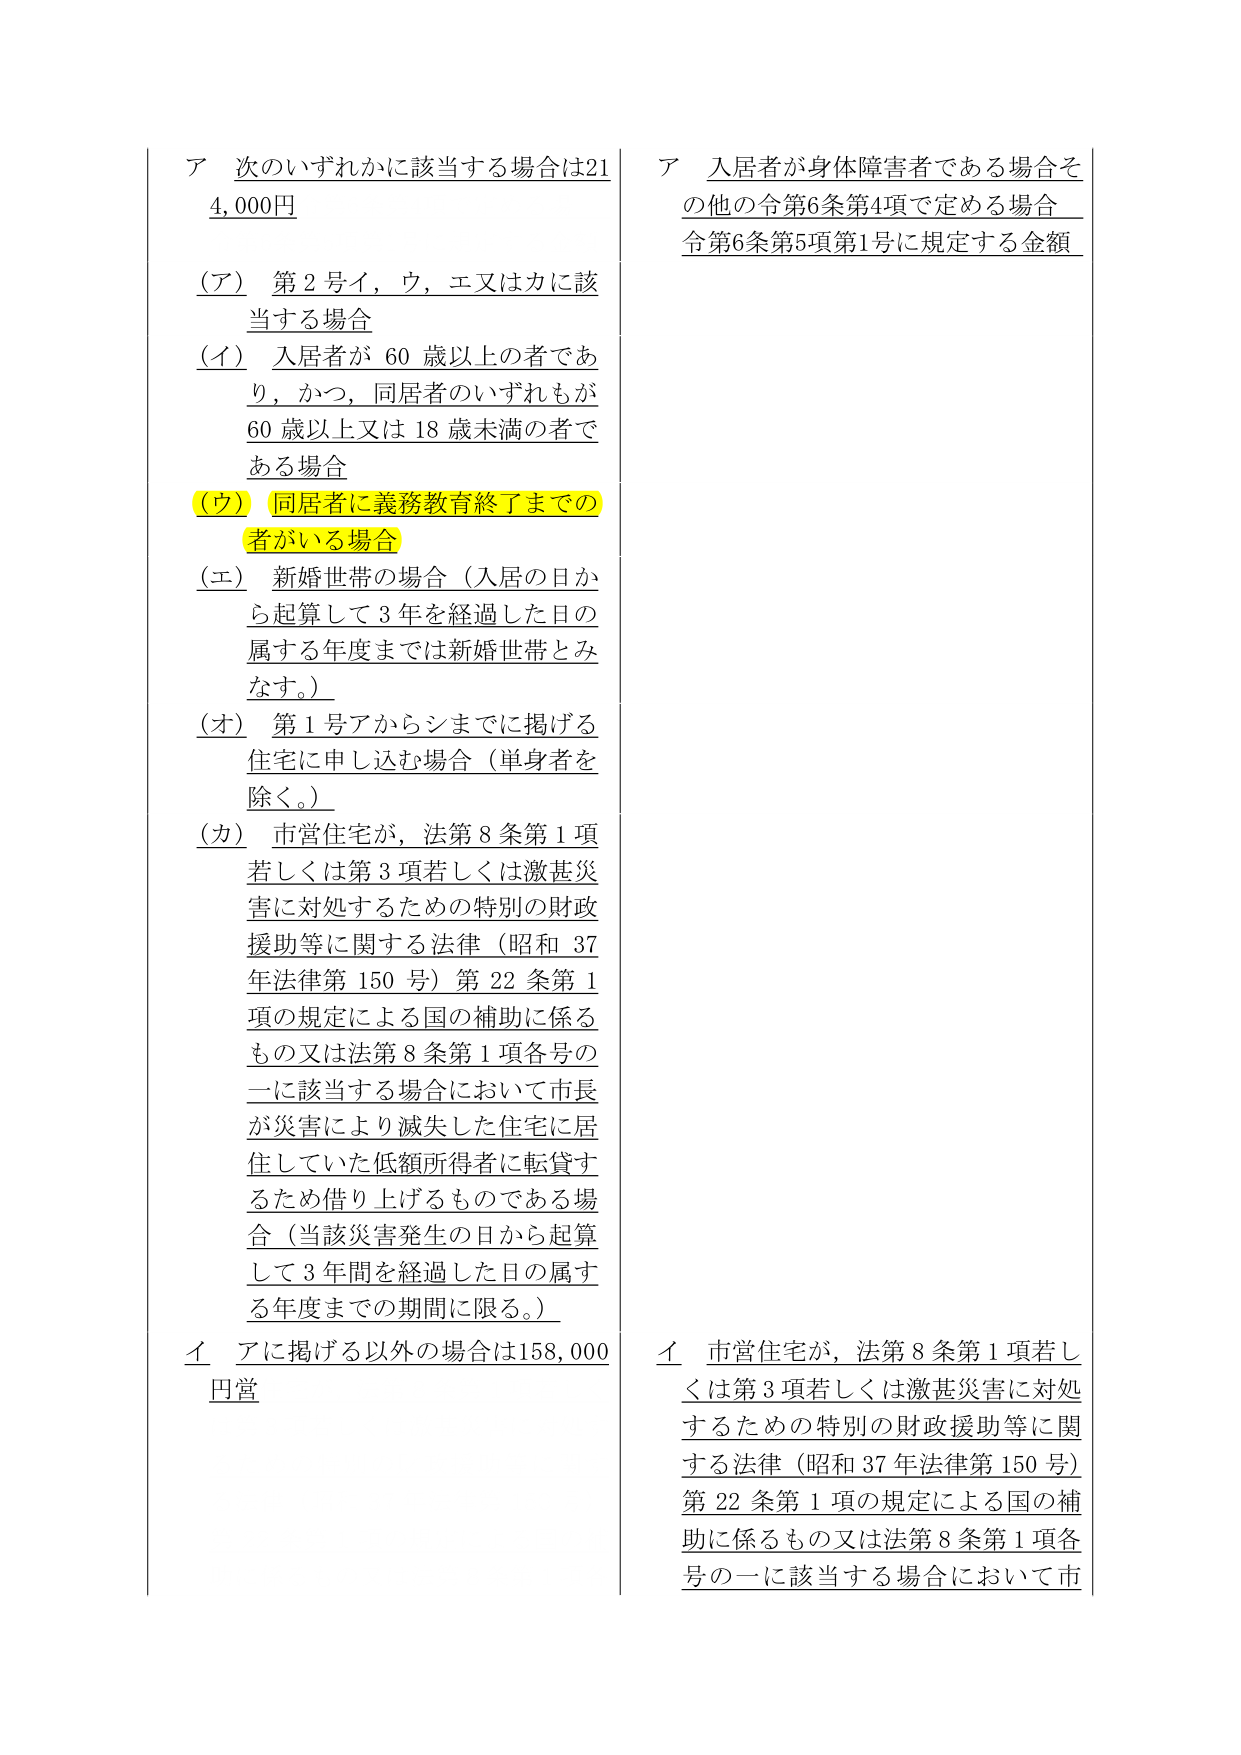
ア 次のいずれかに該当する場合は21
4,000円

（ア） 第2号イ，ウ，エ又はカに該
当する場合

（イ） 入居者が60歳以上の者であ
り，かつ，同居者のいずれもが
60歳以上又は18歳未満の者で
ある場合

（ウ） 同居者に義務教育終了までの
者がいる場合

（エ） 新婚世帯の場合（入居の日か
ら起算して3年を経過した日の
属する年度までは新婚世帯とみ
なす。）

（オ） 第1号アからシまでに掲げる
住宅に申し込む場合（単身者を
除く。）

（カ） 市営住宅が，法第8条第1項
若しくは第3項若しくは激甚災
害に対処するための特別の財政
援助等に関する法律（昭和37
年法律第150号）第22条第1
項の規定による国の補助に係る
もの又は法第8条第1項各号の
一に該当する場合において市長
が災害により滅失した住宅に居
住していた低額所得者に転貸す
るため借り上げるものである場
合（当該災害発生の日から起算
して3年間を経過した日の属す
る年度までの期間に限る。）

イ アに掲げる以外の場合は158,000
円當

ア 入居者が身体障害者である場合そ
の他の令第6条第4項で定める場合
令第6条第5項第1号に規定する金額

イ 市営住宅が，法第8条第1項若し
くは第3項若しくは激甚災害に対処
するための特別の財政援助等に関
する法律（昭和37年法律第150号）
第22条第1項の規定による国の補
助に係るもの又は法第8条第1項各
号の一に該当する場合において市